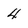
Character: 4